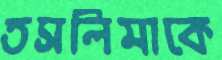
তসলিমাকে